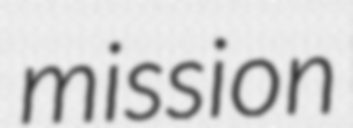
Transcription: mission